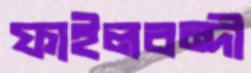
ফাইলবন্দী